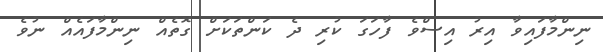
ނިންމާފައިވާ އިރު އިސްވެ ފާހަގަ ކުރި ދެ ކަންތަކަށް ގޮތެއް ނިންމާފައެއް ނުވެ